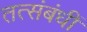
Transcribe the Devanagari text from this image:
तत्संबंधीं